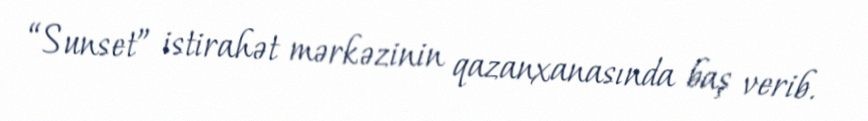
“Sunset” istirahət mərkəzinin qazanxanasında baş verib.